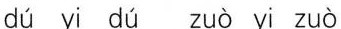
dú yi dú zuò yi zuò